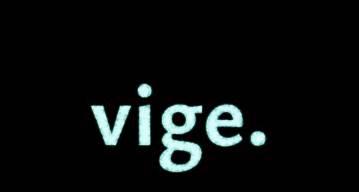
vige.